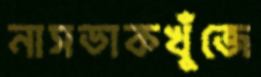
নাসডাকখুঁজে